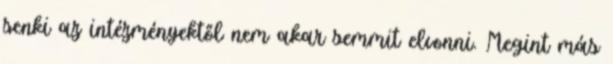
senki az intézményektől nem akar semmit elvonni. Megint más